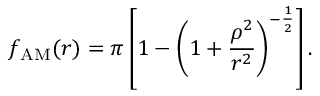
f _ { \mathrm { A M } } ( r ) = \pi \left[ 1 - \left( 1 + \frac { \rho ^ { 2 } } { r ^ { 2 } } \right) ^ { - \frac { 1 } { 2 } } \right] .